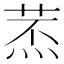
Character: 𦱷